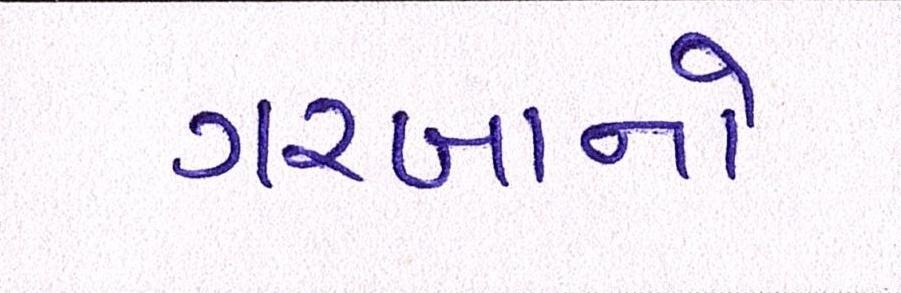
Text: ગરબાનો